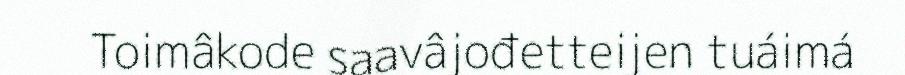
Toimâkode saavâjođetteijen tuáimá